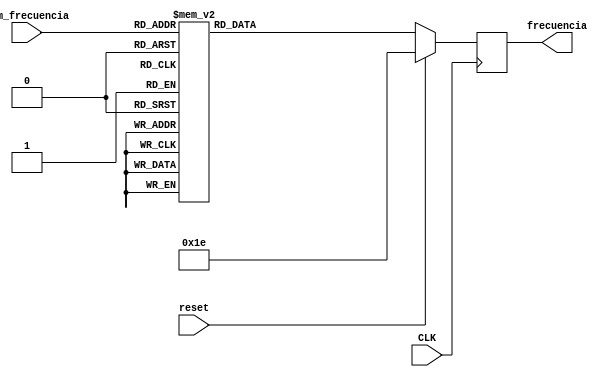
`timescale 1ns / 1ps
//////////////////////////////////////////////////////////////////////////////////
// Company: TEC
// 
// Design Name: 	Memoria de frecuencias
// Module Name:    Memoria_frecuencias 
// Project Name:    DPWM
// Target Devices: Nexis 3
// Tool versions: 
// Description: 
//
// Dependencies: 
//
// Revision: 
// Revision 0.01 - File Created
// Additional Comments: 
//
//////////////////////////////////////////////////////////////////////////////////
module Memoria_frecuencias(
	input CLK,
	input [2:0] num_frecuencia,        			//indicador de la frecuencia
   input reset,
	output [7:0] frecuencia
	);
	reg [7:0] codigo;
	always @(posedge CLK)
	if (reset)
		codigo<=30;
	else
	begin
		case(num_frecuencia)
			3'b000: codigo<=30;
			3'b001: codigo<=50;
			3'b010: codigo<=75;
			3'b011: codigo<=100;
			3'b100: codigo<=125;
			3'b101: codigo<=150;
			3'b110: codigo<=175;
			3'b111: codigo<=200;
			default: codigo<=30;
		endcase
	end
	assign frecuencia=codigo;
	
endmodule